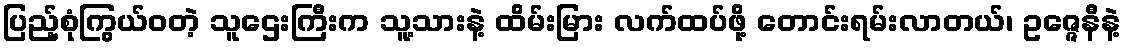
ပြည့်စုံကြွယ်ဝတဲ့ သူဌေးကြီးက သူ့သားနဲ့ ထိမ်းမြား လက်ထပ်ဖို့ တောင်းရမ်းလာတယ်၊ ဥဇ္ဇေနီနဲ့